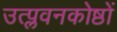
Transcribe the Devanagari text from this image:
उत्प्लवनकोष्ठों